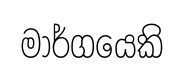
මාර්ගයෙකි